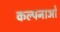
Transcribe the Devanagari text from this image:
कल्पनाओ